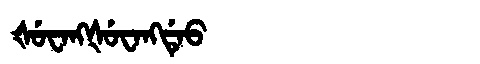
Manchu: ᡧᡠᠸᠠᠩᡧᡠᠸᠠᠩᡩᡝᠣ
Romanization: ŠUWANGŠUWANGDEO